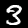
Digit: 3